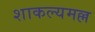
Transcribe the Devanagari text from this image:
शाकल्यमल्ल